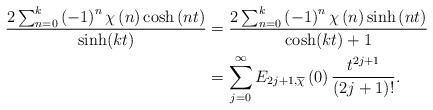
LaTeX: \begin{align*}\frac{2\sum_{n=0}^{k}\left( -1\right) ^{n}\chi\left( n\right) \cosh\left(nt\right) }{\sinh(kt)} & =\frac{2\sum_{n=0}^{k}\left( -1\right) ^{n}\chi\left( n\right) \sinh\left( nt\right) }{\cosh(kt)+1}\\& =\sum\limits_{j=0}^{\infty}E_{2j+1,\overline{\chi}}\left( 0\right)\frac{t^{2j+1}}{(2j+1)!}.\end{align*}